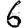
Digit: 6